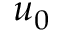
u _ { 0 }